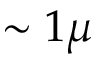
\sim 1 \mu